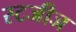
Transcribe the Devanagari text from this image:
स्टजीज